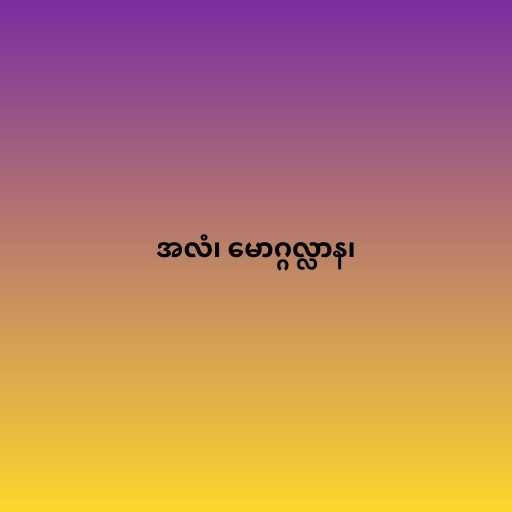
အလံ၊ မောဂ္ဂလ္လာန၊